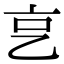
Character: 㐔